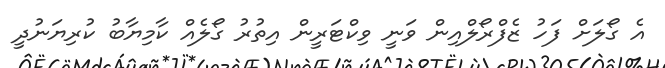
އެ ގޯލަށް ފަހު ޒެފްރޯލްއިން ވަނީ ވިކްޓަރީން އިތުރު ގޯލެއް ކާމިޔާބު ކުރިޔަނުދީ